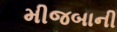
મીજબાની